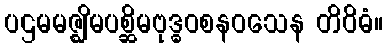
ပဌမမဇ္ဈိမပစ္ဆိမဗုဒ္ဓဝစနဝသေန တိဝိဓံ။